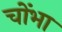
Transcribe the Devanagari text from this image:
चोंभा